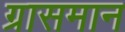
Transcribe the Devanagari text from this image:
ग्रासमान